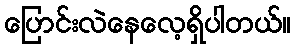
ပြောင်းလဲနေလေ့ရှိပါတယ်။